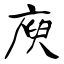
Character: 庾